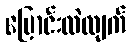
ပြောင်းလဲလျက်